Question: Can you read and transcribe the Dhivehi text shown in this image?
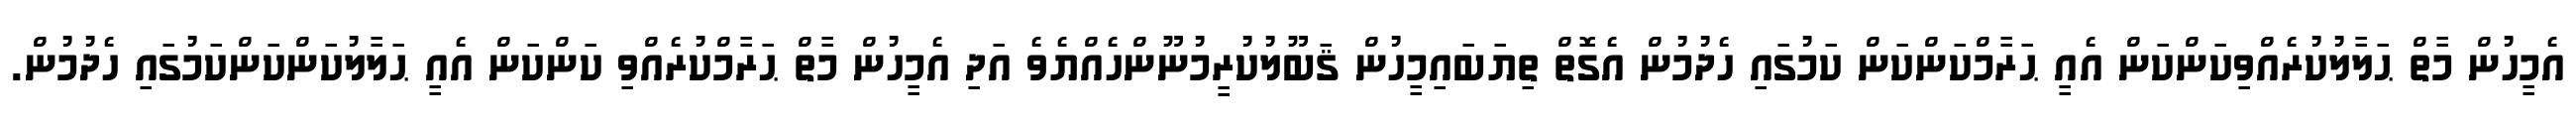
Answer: އެމީހުން މާތް ޙަލާލުކުރެއްވިކަންކަން އެއީ ޙަރާމްކަންކަން ކަމުގައި ހެދުމުން އެގޮތް ތިޔަބައިމީހުން ޤަބޫލުކުރީމުނޫންހެއްޔެވެ އަދި އެމީހުން މާތް ޙަރާމްކުރެއްވި ކަންކަން އެއީ ޙަލާލުކަންކަންކަމުގައި ހެދުމުން.